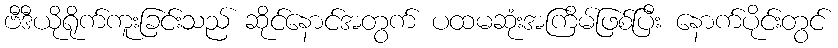
ဗီဒီယိုရိုက်ကူးခြင်းသည် ဆိုင်နောင်အတွက် ပထမဆုံးအကြိမ်ဖြစ်ပြီး နောက်ပိုင်းတွင်